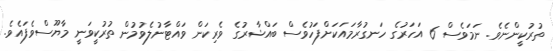
ތުރުކީންނެވެ. ނަމަވެސް 6 އަހަރުގެ ހަނގުރާމައަކަށްފަހުވެސް ބައްޝާރުގެ ވެރިކަން ވައްޓާނުލެވުމުން ތުރުކީވަނީ މާޔޫސްވެފައެވެ.